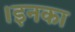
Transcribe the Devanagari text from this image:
।इनका